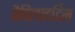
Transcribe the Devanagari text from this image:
पैपिलाइटिस